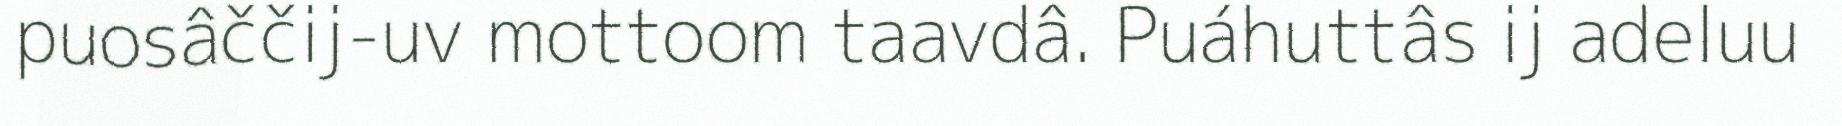
puosâččij-uv mottoom taavdâ. Puáhuttâs ij adeluu